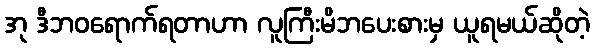
အု ဒီဘဝရောက်ရတာဟာ လူကြီးမိဘပေးစားမှ ယူရမယ်ဆိုတဲ့